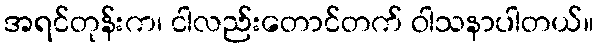
အရင်တုန်းက၊ ငါလည်းတောင်တက် ဝါသနာပါတယ်။